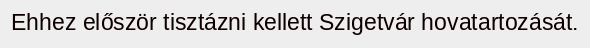
Ehhez először tisztázni kellett Szigetvár hovatartozását.